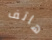
هاتف